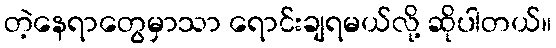
တဲ့နေရာတွေမှာသာ ရောင်းချရမယ်လို့ ဆိုပါတယ်။